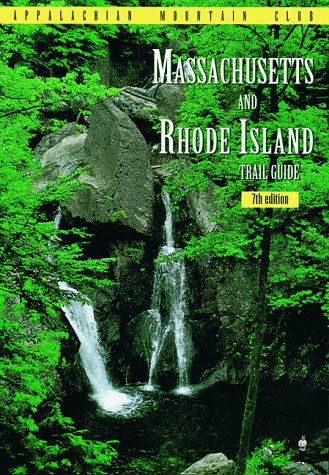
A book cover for Massachusetts & Rhode Island Trail Guide, 7th; Appalachian Mountain Club Books; Travel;